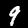
Label: 9